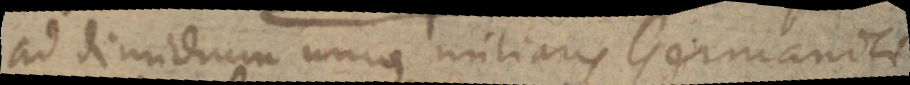
ad dimidium unius miliaris Germanici